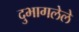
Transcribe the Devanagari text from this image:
दुभागलेले